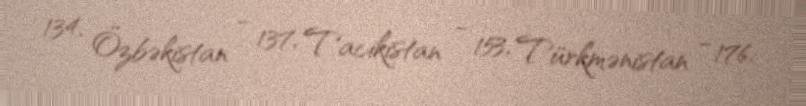
134, Özbəkistan - 137, Tacikistan - 153, Türkmənistan - 176.